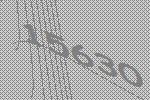
15630